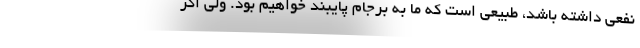
نفعی داشته باشد، طبیعی است که ما به برجام پایبند خواهیم بود. ولی اگر